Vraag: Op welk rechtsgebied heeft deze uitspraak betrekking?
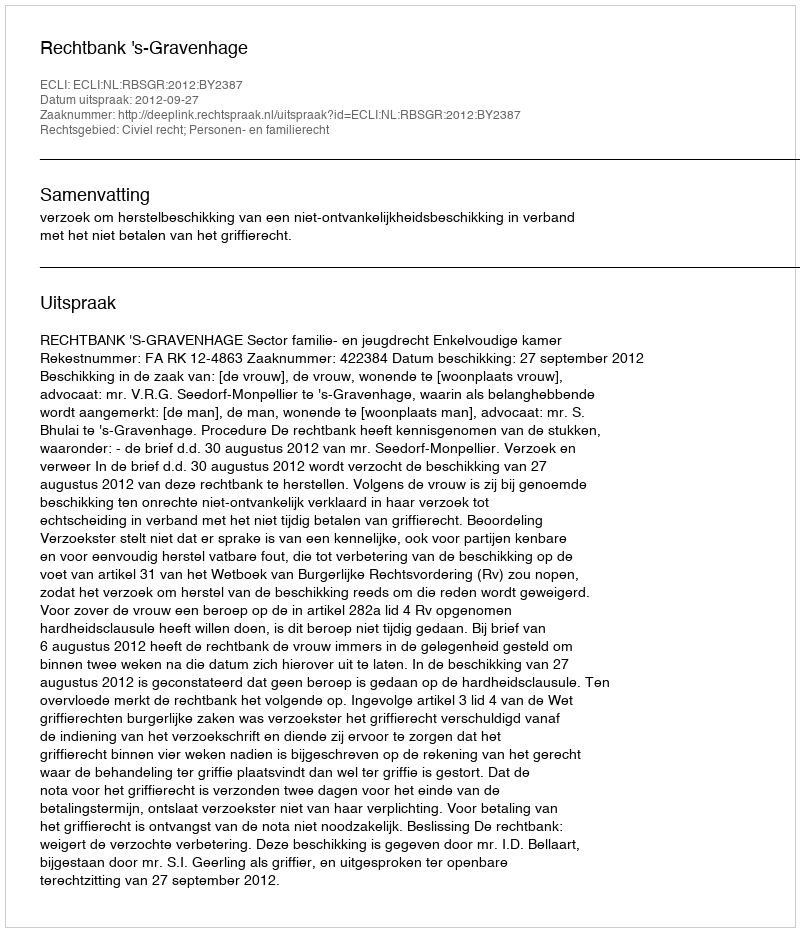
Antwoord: Civiel recht; Personen- en familierecht